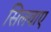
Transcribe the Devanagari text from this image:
सिलवाए